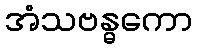
အံသဗန္ဓကော